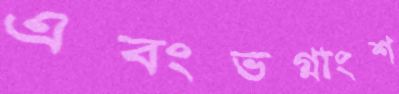
এবংভগ্নাংশ